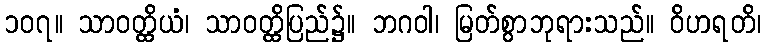
၁၀၇။ သာဝတ္ထိယံ၊ သာဝတ္ထိပြည်၌။ ဘဂဝါ၊ မြတ်စွာဘုရားသည်။ ဝိဟရတိ၊